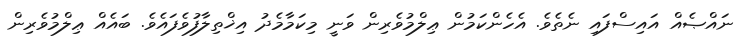
ނައްޞެއް އައިސްފައި ނެތެވެ. އެހެންކަމުން ޢިލްމުވެރިން ވަނީ މިކަމާމެދު އިޚްތިލާފުވެފައެވެ. ބައެއް ޢިލްމުވެރިން